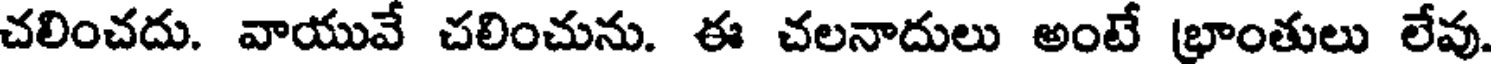
చలించదు. వాయువే చలించును. ఈ చలనాదులు అంటే (భాంతులు లేవు.